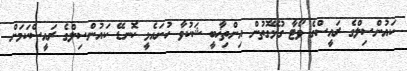
ކައުންސިލްގެ ރައީސްގެ ވޯޓާ ގުޅޭގޮތުން އިންތިޚާބީ ޝަކުވާ ހުށައެޅީ ކޮނޑޭ ކައުންސިލްގެ ރައީސްކަމަށް